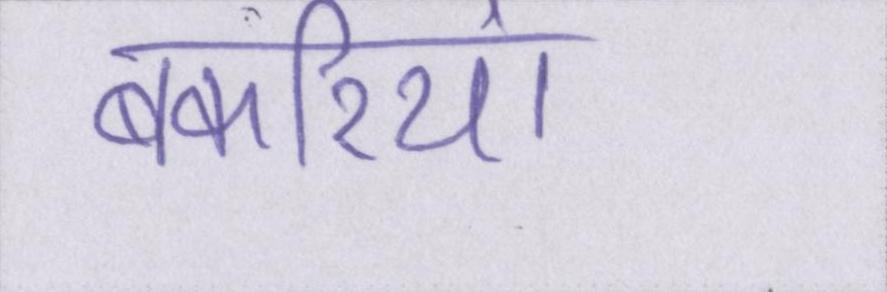
बकरियां